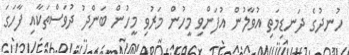
ހުނދުގެ ދަނޑިމަތި އުވާލުން އުފަންވި މީހުން މަރުވި މީހުން ބަންދު ދުވަސްތަކާއި ފާހަގަ